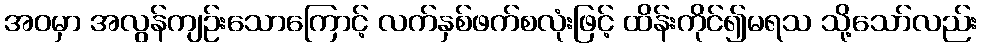
အဝမှာ အလွန်ကျဉ်းသောကြောင့် လက်နှစ်ဖက်စလုံးဖြင့် ထိန်းကိုင်၍မရသ သို့သော်လည်း